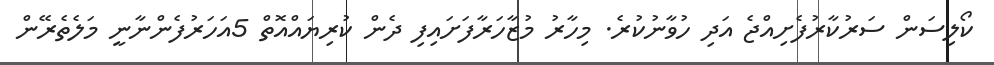
ކޯލިސަން ސަރުކާރުފެށިއްޖެ އަދި ހުވާނުކުރެ. މިހާރު މުޒާހަރާފަށައިފި ދެން ކުރިޔައްއޮތް 5އަހަރުފެންނާނީ މަލެތެރޭން